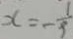
x = - \frac { 1 } { 9 }